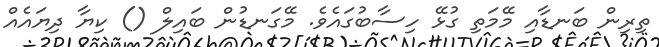
ތިރިން ބަނޑާއި މޭމަތި ގުޅޭ ހިސާބުގައެވެ. މޭގަނޑުން ބައިލް () ކިޔާ ދިޔައެއް